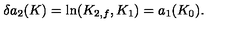
\delta a _ { 2 } ( K ) = \mathrm { l n } ( K _ { 2 , f } , K _ { 1 } ) = a _ { 1 } ( K _ { 0 } ) .